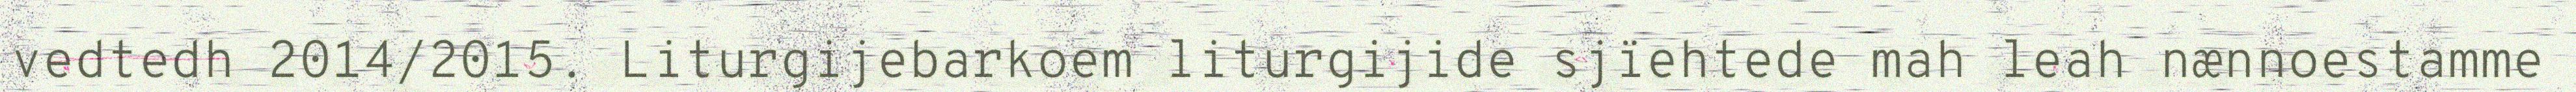
vedtedh 2014/2015. Liturgijebarkoem liturgijide sjïehtede mah leah nænnoestamme